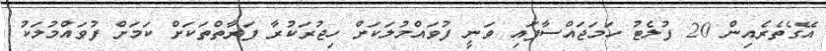
އޭގެތެރެއިން 20 ފުލެޓު ހަމަޖައްސާފައި ވަނީ ފުވައްމުލަކަށް ހިޖުރަކުރާ ފަރާތްތަކަށް ކަމަށް ފުވައްމުލަކު